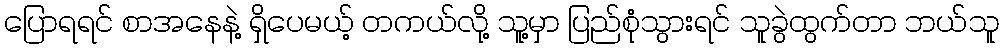
ပြောရရင် စာအနေနဲ့ ရှိပေမယ့် တကယ်လို့ သူ့မှာ ပြည်စုံသွားရင် သူခွဲထွက်တာ ဘယ်သူ